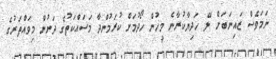
ނަމަވެސް ޒައިނަބަށް ލޭ ހަދިޔާކުރާނެ މީހުން ހޯދުމަށް ކުރަމުންދާ މަސައްކަތުގެ ދަށުން މިވައްތަރުގެ